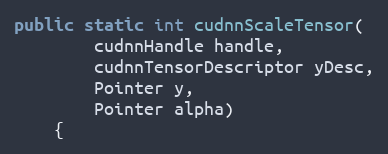
Language: Java
public static int cudnnScaleTensor(
        cudnnHandle handle,
        cudnnTensorDescriptor yDesc,
        Pointer y,
        Pointer alpha)
    {